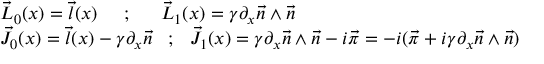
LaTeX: \begin{array} { l l } { { \vec { L } _ { 0 } ( x ) = \vec { l } ( x ) \; \; \; \; \; { ; } \; \; \; \; \; \; \vec { L } _ { 1 } ( x ) = \gamma \partial _ { x } \vec { n } \wedge \vec { n } } } \\ { { \vec { J } _ { 0 } ( x ) = \vec { l } ( x ) - \gamma \partial _ { x } \vec { n } \; \; \; { ; } \; \; \; \vec { J } _ { 1 } ( x ) = \gamma \partial _ { x } \vec { n } \wedge \vec { n } - i \vec { \pi } = - i ( \vec { \pi } + i \gamma \partial _ { x } \vec { n } \wedge \vec { n } ) } } \end{array}